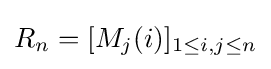
R_{n}=[M_{j}(i)]_{1\leq i,j\leq n}